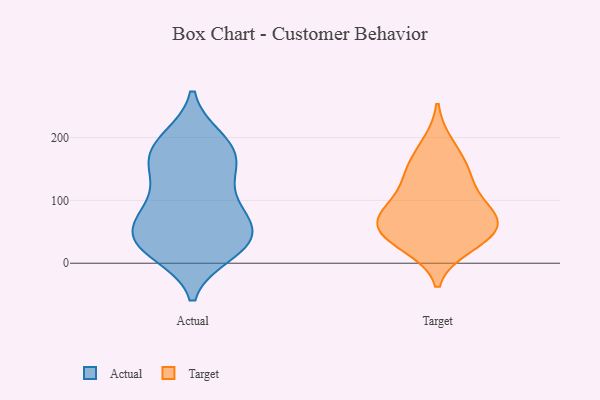
{"axis": {"x": "Tickets Resolved", "y": "Value"}, "legend": ["Actual", "Target"], "data": [{"x": "", "y": 22, "type": "Actual"}, {"x": "", "y": 32, "type": "Actual"}, {"x": "", "y": 156, "type": "Actual"}, {"x": "", "y": 76, "type": "Actual"}, {"x": "", "y": 151, "type": "Actual"}, {"x": "", "y": 22, "type": "Actual"}, {"x": "", "y": 159, "type": "Actual"}, {"x": "", "y": 54, "type": "Actual"}, {"x": "", "y": 174, "type": "Actual"}, {"x": "", "y": 87, "type": "Actual"}, {"x": "", "y": 16, "type": "Actual"}, {"x": "", "y": 41, "type": "Actual"}, {"x": "", "y": 84, "type": "Actual"}, {"x": "", "y": 45, "type": "Actual"}, {"x": "", "y": 187, "type": "Actual"}, {"x": "", "y": 198, "type": "Actual"}, {"x": "", "y": 197, "type": "Actual"}, {"x": "", "y": 130, "type": "Actual"}, {"x": "", "y": 89, "type": "Actual"}, {"x": "", "y": 40, "type": "Actual"}, {"x": "", "y": 73, "type": "Target"}, {"x": "", "y": 90, "type": "Target"}, {"x": "", "y": 75, "type": "Target"}, {"x": "", "y": 123, "type": "Target"}, {"x": "", "y": 46, "type": "Target"}, {"x": "", "y": 153, "type": "Target"}, {"x": "", "y": 28, "type": "Target"}, {"x": "", "y": 188, "type": "Target"}, {"x": "", "y": 73, "type": "Target"}, {"x": "", "y": 52, "type": "Target"}, {"x": "", "y": 144, "type": "Target"}, {"x": "", "y": 38, "type": "Target"}]}